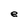
Character: e